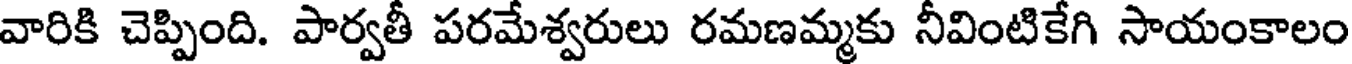
వారికి చెప్పింది. పార్వతీ పరమేశ్వరులు రమణమ్మకు నీవింటికేగి సాయంకాలం